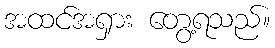
အထင်အရှား တွေ့ရသည်။